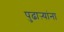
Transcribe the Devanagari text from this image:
पुढाऱ्यांना